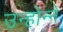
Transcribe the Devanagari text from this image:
उन्होन्ने